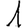
Digit: 1